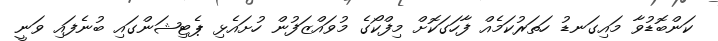
ކަންބޮޑުވާ މައިގަނޑު ހަތަރުކަމެއް ފާހަގަކޮށް މިފްކޯގެ މުވައްޒަފުން ހުށައެޅި ޕެޓިޝަންގައި ބުނެފައި ވަނީ